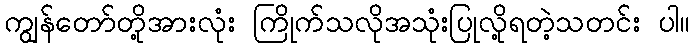
ကျွန်တော်တို့အားလုံး ကြိုက်သလိုအသုံးပြုလို့ရတဲ့သတင်း ပါ။